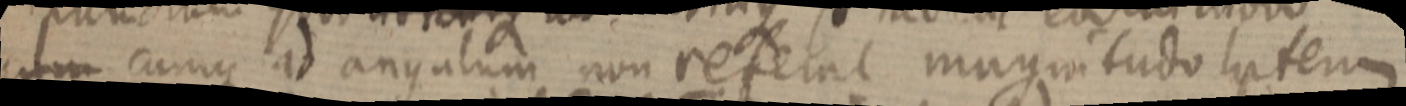
cum cumque ad angulum non referat magnitudo latem